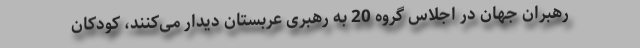
رهبران جهان در اجلاس گروه 20 به رهبری عربستان دیدار می‌کنند، کودکان